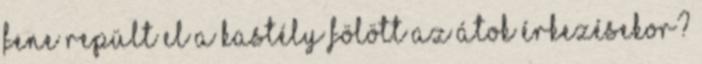
fene repült el a kastély fölött az átok érkezésekor?